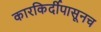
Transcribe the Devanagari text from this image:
कारकिर्दीपासूनच